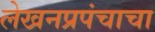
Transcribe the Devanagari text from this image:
लेखनप्रपंचाचा